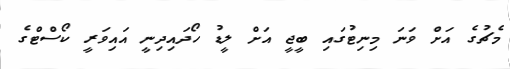
މެޗުގެ އަށް ވަނަ މިނިޓުގައި ބީޖީ އަށް ލީޑު ހޯދައިދިނީ އައިވަރީ ކޯސްޓްގެ